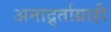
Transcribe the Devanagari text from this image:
अनार्द्र्ताग्राही